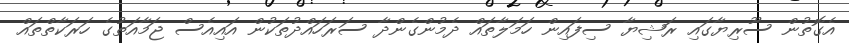
އެގޮތުން ސޫރިޔާގައި ރަޝިޔާ ސިފައިން ހަމަލާތައް ދެމުންގެންދާ ސަރަހައްދުތަކުން އައިއެސް ޖަމާއަތުގެ ހަރަކާތްތައް